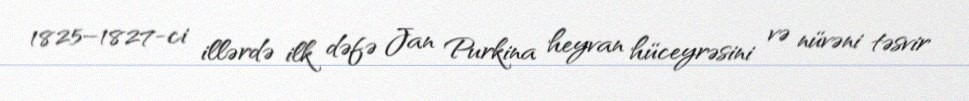
1825–1827-ci illərdə ilk dəfə Jan Purkina heyvan hüceyrəsini və nüvəni təsvir